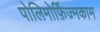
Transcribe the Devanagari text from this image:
पोलिमोर्फ़िज्मकाम